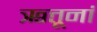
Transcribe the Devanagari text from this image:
ऋत्तूनां